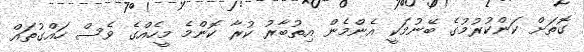
ގޮތަށް ކަންކުރުމުގެ ބޭނުމަކީ އެންމެން އިތުބާރު ކުރާ ކޮންމެ މީހެއްގެ ވެސް ހައްގުތައް